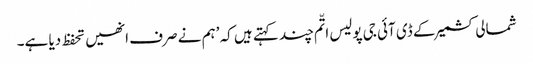
شمالی کشمیر کے ڈی آئی جی پولیس اتّم چند کہتے ہیں کہ ’ہم نے صرف انھیں تحفظ دیا ہے۔